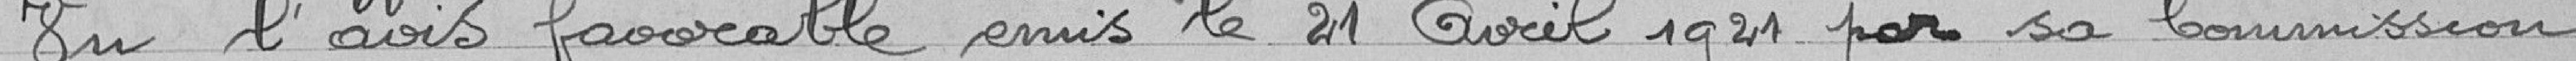
Vu l'avis favorable émis le 21 Avril 1921 par sa Commission